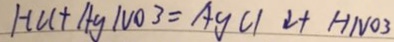
H C l + A g N O _ { 3 } = A g C l \downarrow + H N O 3